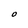
Character: O